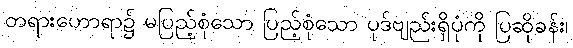
တရားဟောရာ၌ မပြည့်စုံသော ပြည့်စုံသော ပုဒ်ဗျည်းရှိပုံကို ပြဆိုခန်း၊